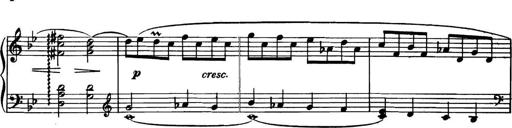
Title: Piano Sonatina in G minor
Composer: John Blackwood McEwen
Key: G minor